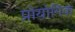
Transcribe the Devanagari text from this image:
प्रोयोगिक